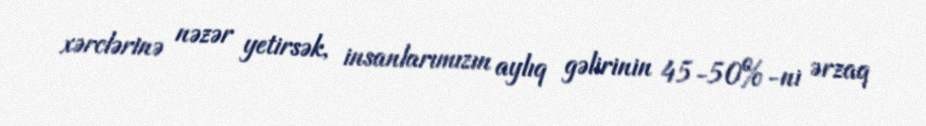
xərclərinə nəzər yetirsək, insanlarımızın aylıq gəlirinin 45-50%-ni ərzaq